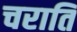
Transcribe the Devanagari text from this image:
चराति